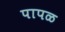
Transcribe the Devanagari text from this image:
पापळ